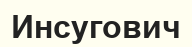
Инсугович